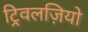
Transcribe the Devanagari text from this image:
ट्रिवलज़ियो